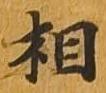
相